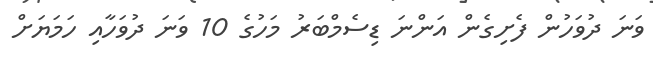
ވަނަ ދުވަހުން ފެށިގެން އަންނަ ޑިސެމްބަރު މަހުގެ 10 ވަނަ ދުވަހާއި ހަމަޔަށް